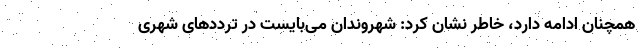
همچنان ادامه دارد، خاطر نشان کرد: شهروندان می‌بایست در تردد‌های شهری